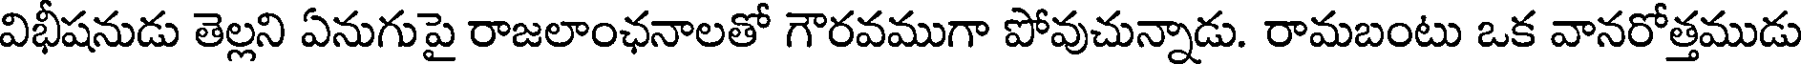
విభీషనుడు తెల్లని ఏనుగుపై రాజలాంఛనాలతో గౌరవముగా పోవుచున్నాడు. రామబంటు ఒక వానరోత్తముడు